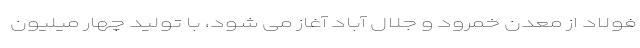
فولاد از معدن خمرود و جلال آباد آغاز می شود، با تولید چهار میلیون